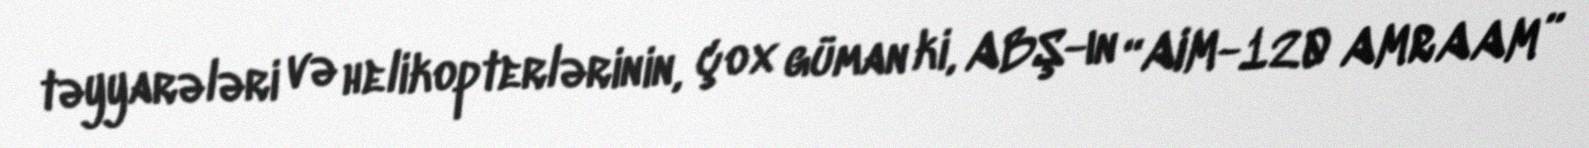
təyyarələri və helikopterlərinin, çox güman ki, ABŞ-ın “AIM-120 AMRAAM”